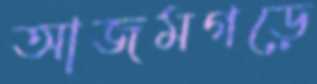
আজমগড়ে